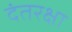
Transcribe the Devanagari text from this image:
दंतरक्षा